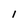
Character: I